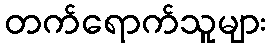
တက်ရောက်သူများ